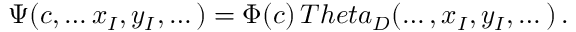
\Psi ( c , \dots x _ { I } , y _ { I } , \dots ) = \Phi ( c ) \, T h e t a _ { D } ( \dots , x _ { I } , y _ { I } , \dots ) \, .